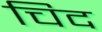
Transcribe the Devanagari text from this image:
चिद